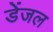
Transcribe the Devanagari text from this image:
डेंजल